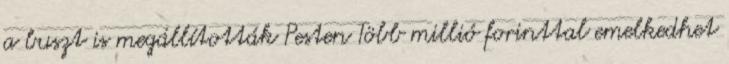
a buszt is megállították Pesten Több millió forinttal emelkedhet